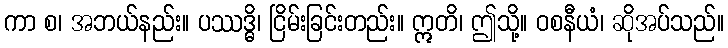
ကာ စ၊ အဘယ်နည်း။ ပဿဒ္ဓိ၊ ငြိမ်းခြင်းတည်း။ ဣတိ၊ ဤသို့။ ဝစနီယံ၊ ဆိုအပ်သည်။